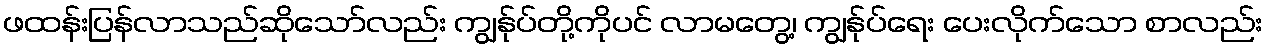
ဖထန်းပြန်လာသည်ဆိုသော်လည်း ကျွန်ုပ်တို့ကိုပင် လာမတွေ့၊ ကျွန်ုပ်ရေး ပေးလိုက်သော စာလည်း